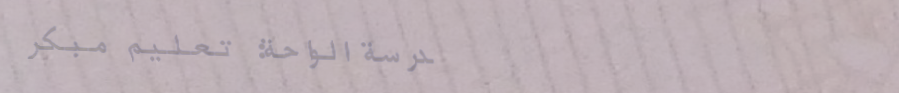
مدرسة الواحة: تعليم مبكر